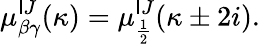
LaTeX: \mu_{\beta\gamma}^{\mathsf{I}J}(\kappa)=\mu_{\frac{1}{2}}^{\mathsf{I}J}(\kappa\pm2i).